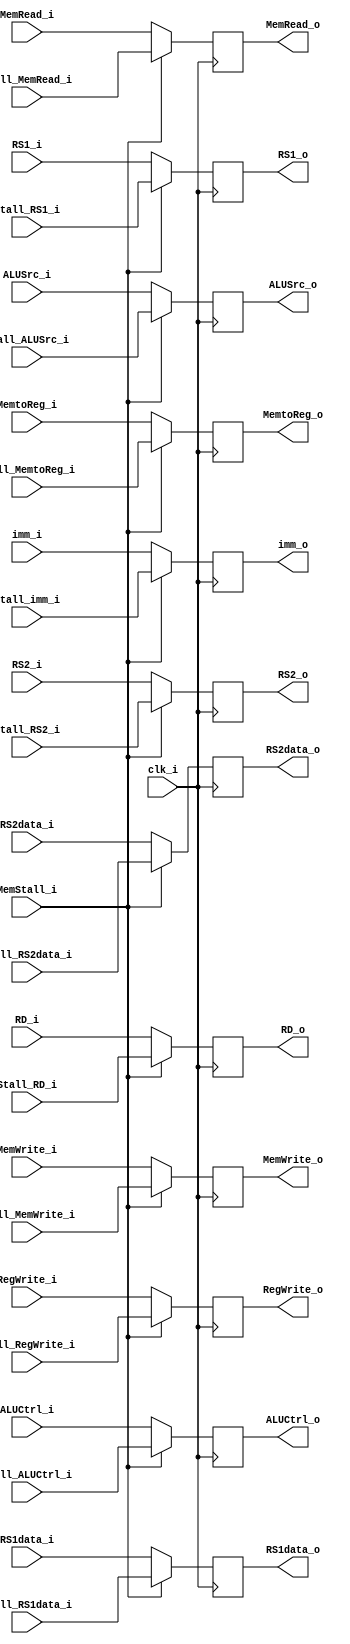
module ID_EX
(
    input            clk_i,
    input   [31:0]   RS1data_i,
    input   [31:0]   RS2data_i,
    input   [31:0]   imm_i,
    input   [4:0]    RS1_i,
    input   [4:0]    RS2_i,
    input   [4:0]    RD_i,
    input            MemtoReg_i,
    input   [2:0]    ALUCtrl_i,
    input            MemWrite_i,
    input            MemRead_i,
    input            ALUSrc_i,
    input            RegWrite_i,
    input            MemStall_i,
    input   [31:0]   Stall_RS1data_i,
    input   [31:0]   Stall_RS2data_i,
    input   [31:0]   Stall_imm_i,
    input   [4:0]    Stall_RS1_i,
    input   [4:0]    Stall_RS2_i,
    input   [4:0]    Stall_RD_i,
    input            Stall_MemtoReg_i,
    input   [2:0]    Stall_ALUCtrl_i,
    input            Stall_MemWrite_i,
    input            Stall_MemRead_i,
    input            Stall_ALUSrc_i,
    input            Stall_RegWrite_i,
    output  [31:0]   RS1data_o,
    output  [31:0]   RS2data_o,
    output  [31:0]   imm_o,
    output  [4:0]    RS1_o,
    output  [4:0]    RS2_o,
    output  [4:0]    RD_o,
    output           MemtoReg_o,
    output  [2:0]    ALUCtrl_o,
    output           MemWrite_o,
    output           MemRead_o,
    output           ALUSrc_o,
    output           RegWrite_o
);

reg     [31:0]     RS1data_o, RS2data_o, imm_o;
reg     [4:0]      RS1_o, RS2_o, RD_o;
reg     [2:0]      ALUCtrl_o;
reg                MemtoReg_o, MemWrite_o, MemRead_o, ALUSrc_o, RegWrite_o;

always @ (posedge clk_i) begin
    if(MemStall_i) begin
        RS1data_o <= Stall_RS1data_i;
        RS2data_o <= Stall_RS2data_i;
        imm_o <= Stall_imm_i;
        RS1_o <= Stall_RS1_i;
        RS2_o <= Stall_RS2_i;
        RD_o <= Stall_RD_i;
        MemtoReg_o <= Stall_MemtoReg_i;
        ALUCtrl_o <= Stall_ALUCtrl_i;
        MemWrite_o <= Stall_MemWrite_i;
        MemRead_o <= Stall_MemRead_i;
        ALUSrc_o <= Stall_ALUSrc_i;
        RegWrite_o <= Stall_RegWrite_i;
    end
    else begin
        RS1data_o <= RS1data_i;
        RS2data_o <= RS2data_i;
        imm_o <= imm_i;
        RS1_o <= RS1_i;
        RS2_o <= RS2_i;
        RD_o <= RD_i;
        MemtoReg_o <= MemtoReg_i;
        ALUCtrl_o <= ALUCtrl_i;
        MemWrite_o <= MemWrite_i;
        MemRead_o <= MemRead_i;
        ALUSrc_o <= ALUSrc_i;
        RegWrite_o <= RegWrite_i;
    end
end

endmodule